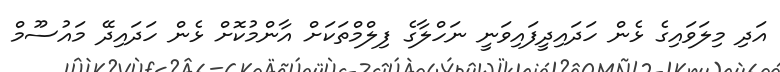
އަދި މިލަވައިގެ ޅެން ހަދައިދީފައިވަނީ ނަހްލާގެ ފިލްމްތަކަށް އާންމުކޮށް ޅެން ހަދައިދޭ މައުސޫމް